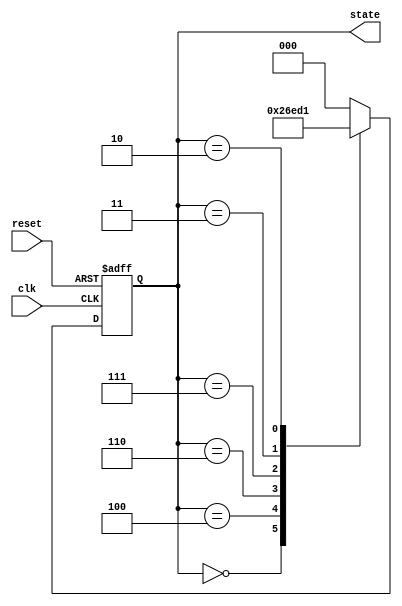
module johnson_counter (
    input wire clk,          // Clock signal
    input wire reset,        // Asynchronous reset signal
    output reg [2:0] state   // 3-bit output for current state
);

// State Encoding
localparam S0 = 3'b000;   // State 0
localparam S1 = 3'b100;   // State 1
localparam S2 = 3'b110;   // State 2
localparam S3 = 3'b111;   // State 3
localparam S4 = 3'b011;   // State 4
localparam S5 = 3'b010;   // State 5
localparam S6 = 3'b001;   // State 6
localparam S7 = 3'b000;   // State 7 (wraps around)

// Sequential logic: State transition on clock edge
always @(posedge clk or posedge reset) begin
    if (reset) begin
        state <= S0; // Initialize to State 0 on reset
    end else begin
        case (state)
            S0: state <= S1;  // State 0 to State 1
            S1: state <= S2;  // State 1 to State 2
            S2: state <= S3;  // State 2 to State 3
            S3: state <= S4;  // State 3 to State 4
            S4: state <= S5;  // State 4 to State 5
            S5: state <= S6;  // State 5 to State 6
            S6: state <= S7;  // State 6 to State 7
            S7: state <= S0;  // State 7 wraps around to State 0
            default: state <= S0; // Default case to reset state
        endcase
    end
end

endmodule